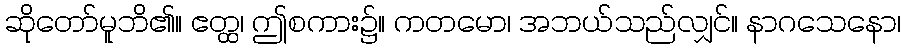
ဆိုတော်မူဘိ၏။ ဧတ္ထ၊ ဤစကား၌။ ကတမော၊ အဘယ်သည်လျှင်။ နာဂသေနော၊